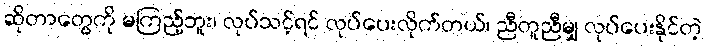
ဆိုတာတွေကို မကြည့်ဘူး၊ လုပ်သင့်ရင် လုပ်ပေးလိုက်တယ်၊ ညီတူညီမျှ လုပ်ပေးနိုင်တဲ့